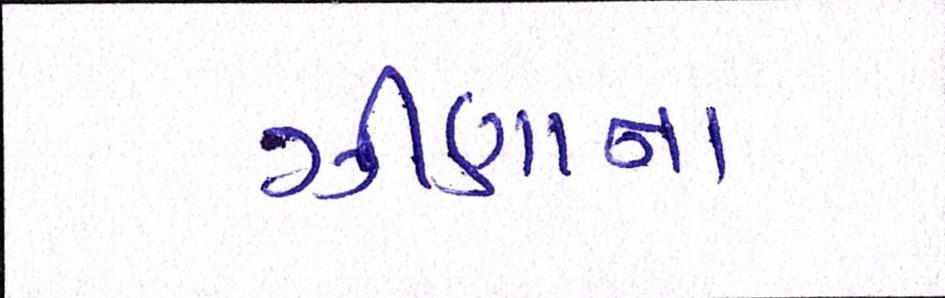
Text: ઝીણાના